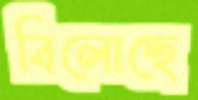
বিলোচ্ছে